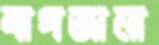
বাগজানা